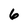
Character: 6